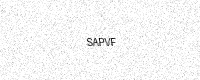
Text: SAPVF